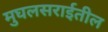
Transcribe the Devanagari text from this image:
मुघलसराईतील